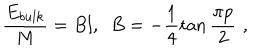
\frac { E _ { b u l k } } { M } = B l , \, \, \, B = - \frac { 1 } { 4 } \tan \frac { \pi p } { 2 } \, \, ,